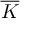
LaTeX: \overline { { K } }